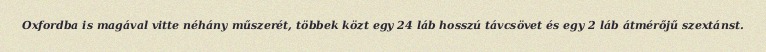
Oxfordba is magával vitte néhány műszerét, többek közt egy 24 láb hosszú távcsövet és egy 2 láb átmérőjű szextánst.